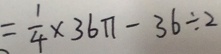
= \frac { 1 } { 4 } \times 3 6 \pi - 3 6 \div 2